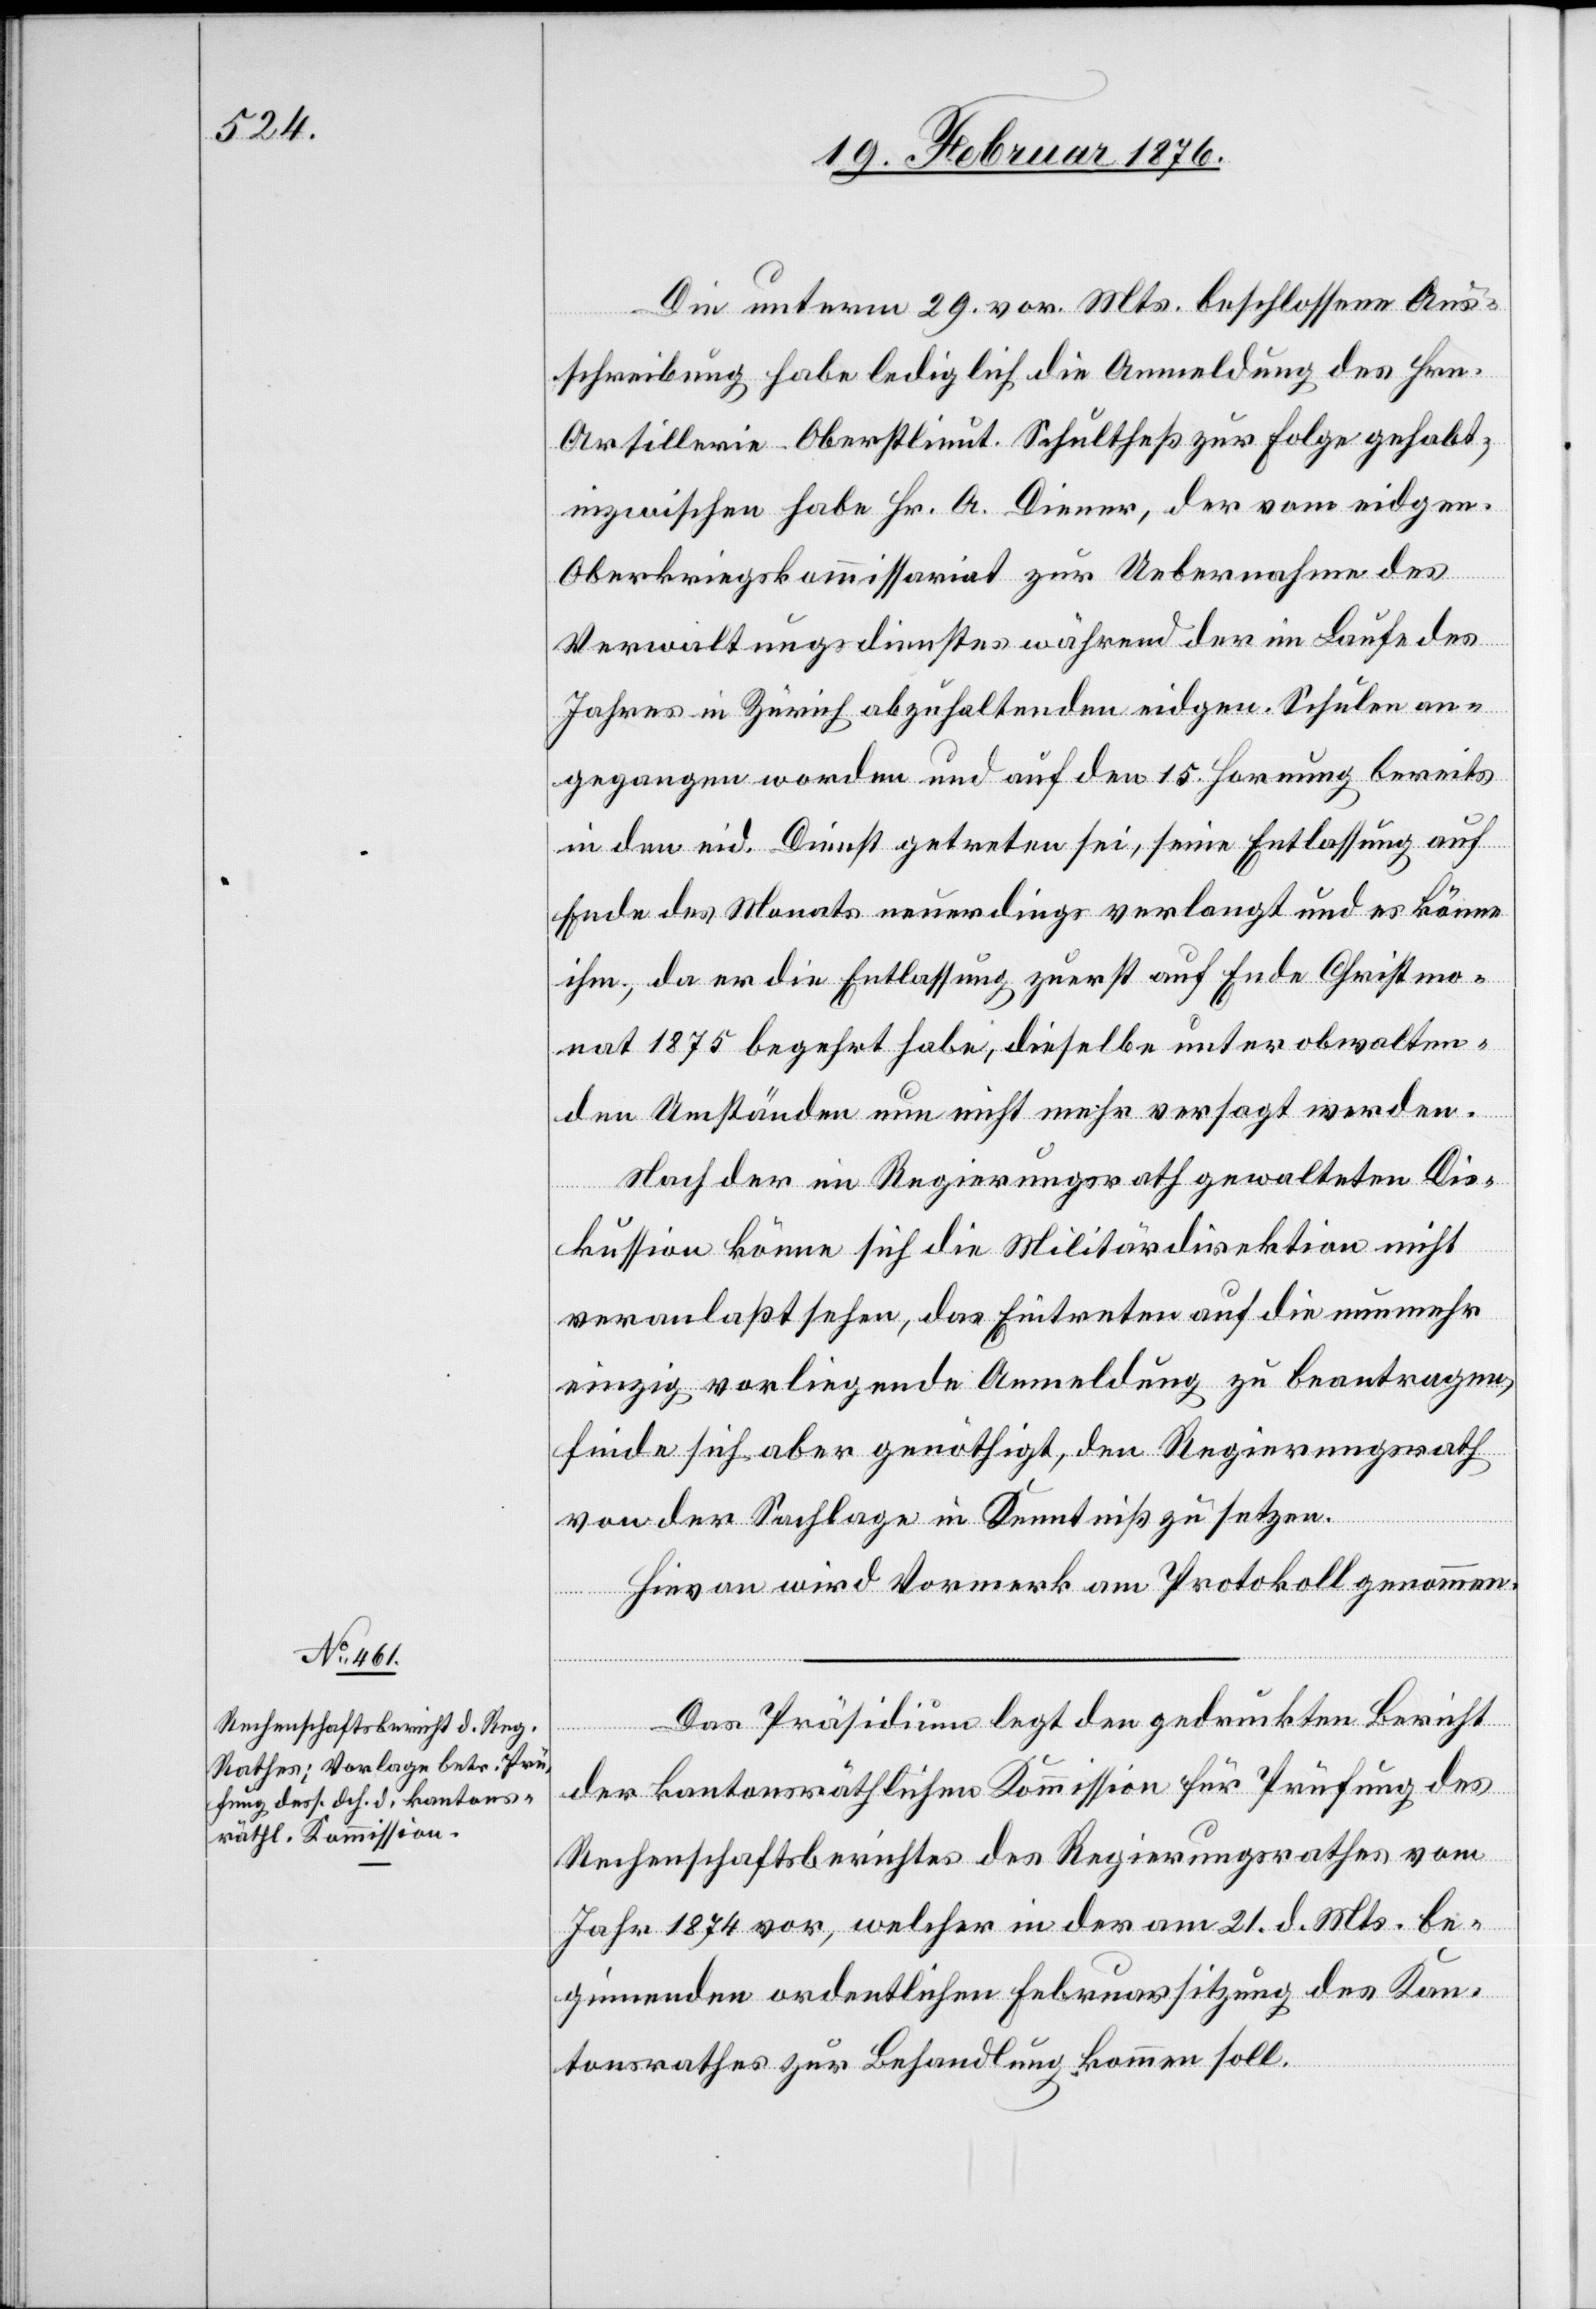
Die unterm 29. vor. Mts. beschlossene Aus¬
schreibung habe lediglich die Anmeldung des Hrn.
Artillerie-Oberstlieut. Schultheß zur Folge gehabt;
inzwischen habe Hr. A. Diener, der vom eidgen.
Oberkriegskommissariat zur Uebernahme des
Verwaltungsdienstes während der im Laufe des
Jahres in Zürich abzuhaltenden eidgen. Schulen an¬
gegangen worden und auf den 15. Hornung bereits
in den eid. Dienst getreten sei, seine Entlassung auf
Ende des Monats neuerdings verlangt und es könne
ihm, da er die Entlassung zuerst auf Ende Christmo¬
nat 1875 begehrt habe, dieselbe unter obwalten¬
den Umständen nun nicht mehr versagt werden.
Nach der im Regierungsrath gewalteten Dis¬
kussion könne sich die Militärdirektion nicht
veranlasst sehen, das Eintreten auf die nunmehr
einzig vorliegende Anmeldung zu beantragen,
finde sich aber genöthigt, den Regierungsrath
von der Sachlage in Kenntniß zu setzen.
Hievon wird Vormerk am Protokoll genommen.
Das Präsidium legt den gedruckten Bericht
der kantonsräthlichen Kommission für Prüfung des
Rechenschaftsberichtes des Regierungsrathes vom
Jahr 1874 vor, welcher in der am 21. d. Mts. be¬
ginnenden ordentlichen Februarsitzung des Kan¬
tonsrathes zur Behandlung kommen soll.